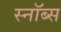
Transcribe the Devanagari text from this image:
स्नॉब्स